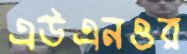
এউএনওর